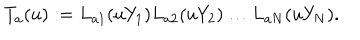
T _ { a } ( u ) : = L _ { a 1 } ( u Y _ { 1 } ) L _ { a 2 } ( u Y _ { 2 } ) \dots L _ { a N } ( u Y _ { N } ) .